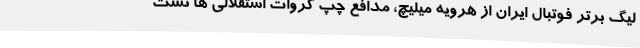
لیگ برتر فوتبال ایران از هرویه میلیچ، مدافع چپ کروات استقلالی ها تست